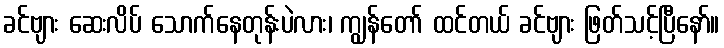
ခင်ဗျား ဆေးလိပ် သောက်နေတုန်းပဲလား၊ ကျွန်တော် ထင်တယ် ခင်ဗျား ဖြတ်သင့်ပြီနော်။